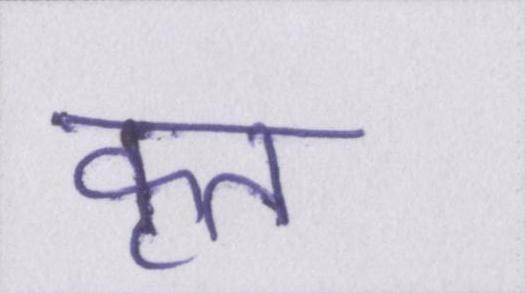
कृत